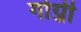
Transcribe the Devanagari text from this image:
गोग्जी